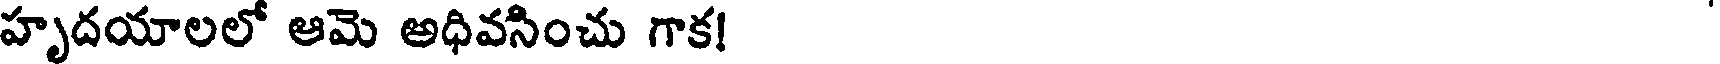
హృదయాలలో ఆమె అధివసించు గాక!